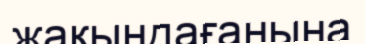
жақындағанына